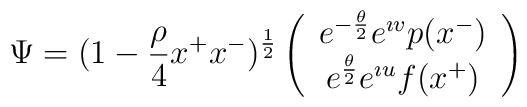
\Psi = (1-{\rho \over 4} x^+ x^-)^{1 \over 2} \left( \begin{array}{c}             e^{-{\theta \over 2}} e^{\imath v}p(x^-) \\             e^{{\theta \over 2}} e^{\imath u}f(x^+) \\             \end{array} \right)